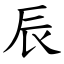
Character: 辰